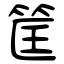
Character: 筐